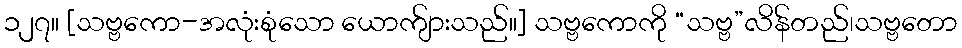
၁၂၇။ [သဗ္ဗကော-အလုံးစုံသော ယောက်ျားသည်။] သဗ္ဗကောကို “သဗ္ဗ”လိန်တည်၊သဗ္ဗတော